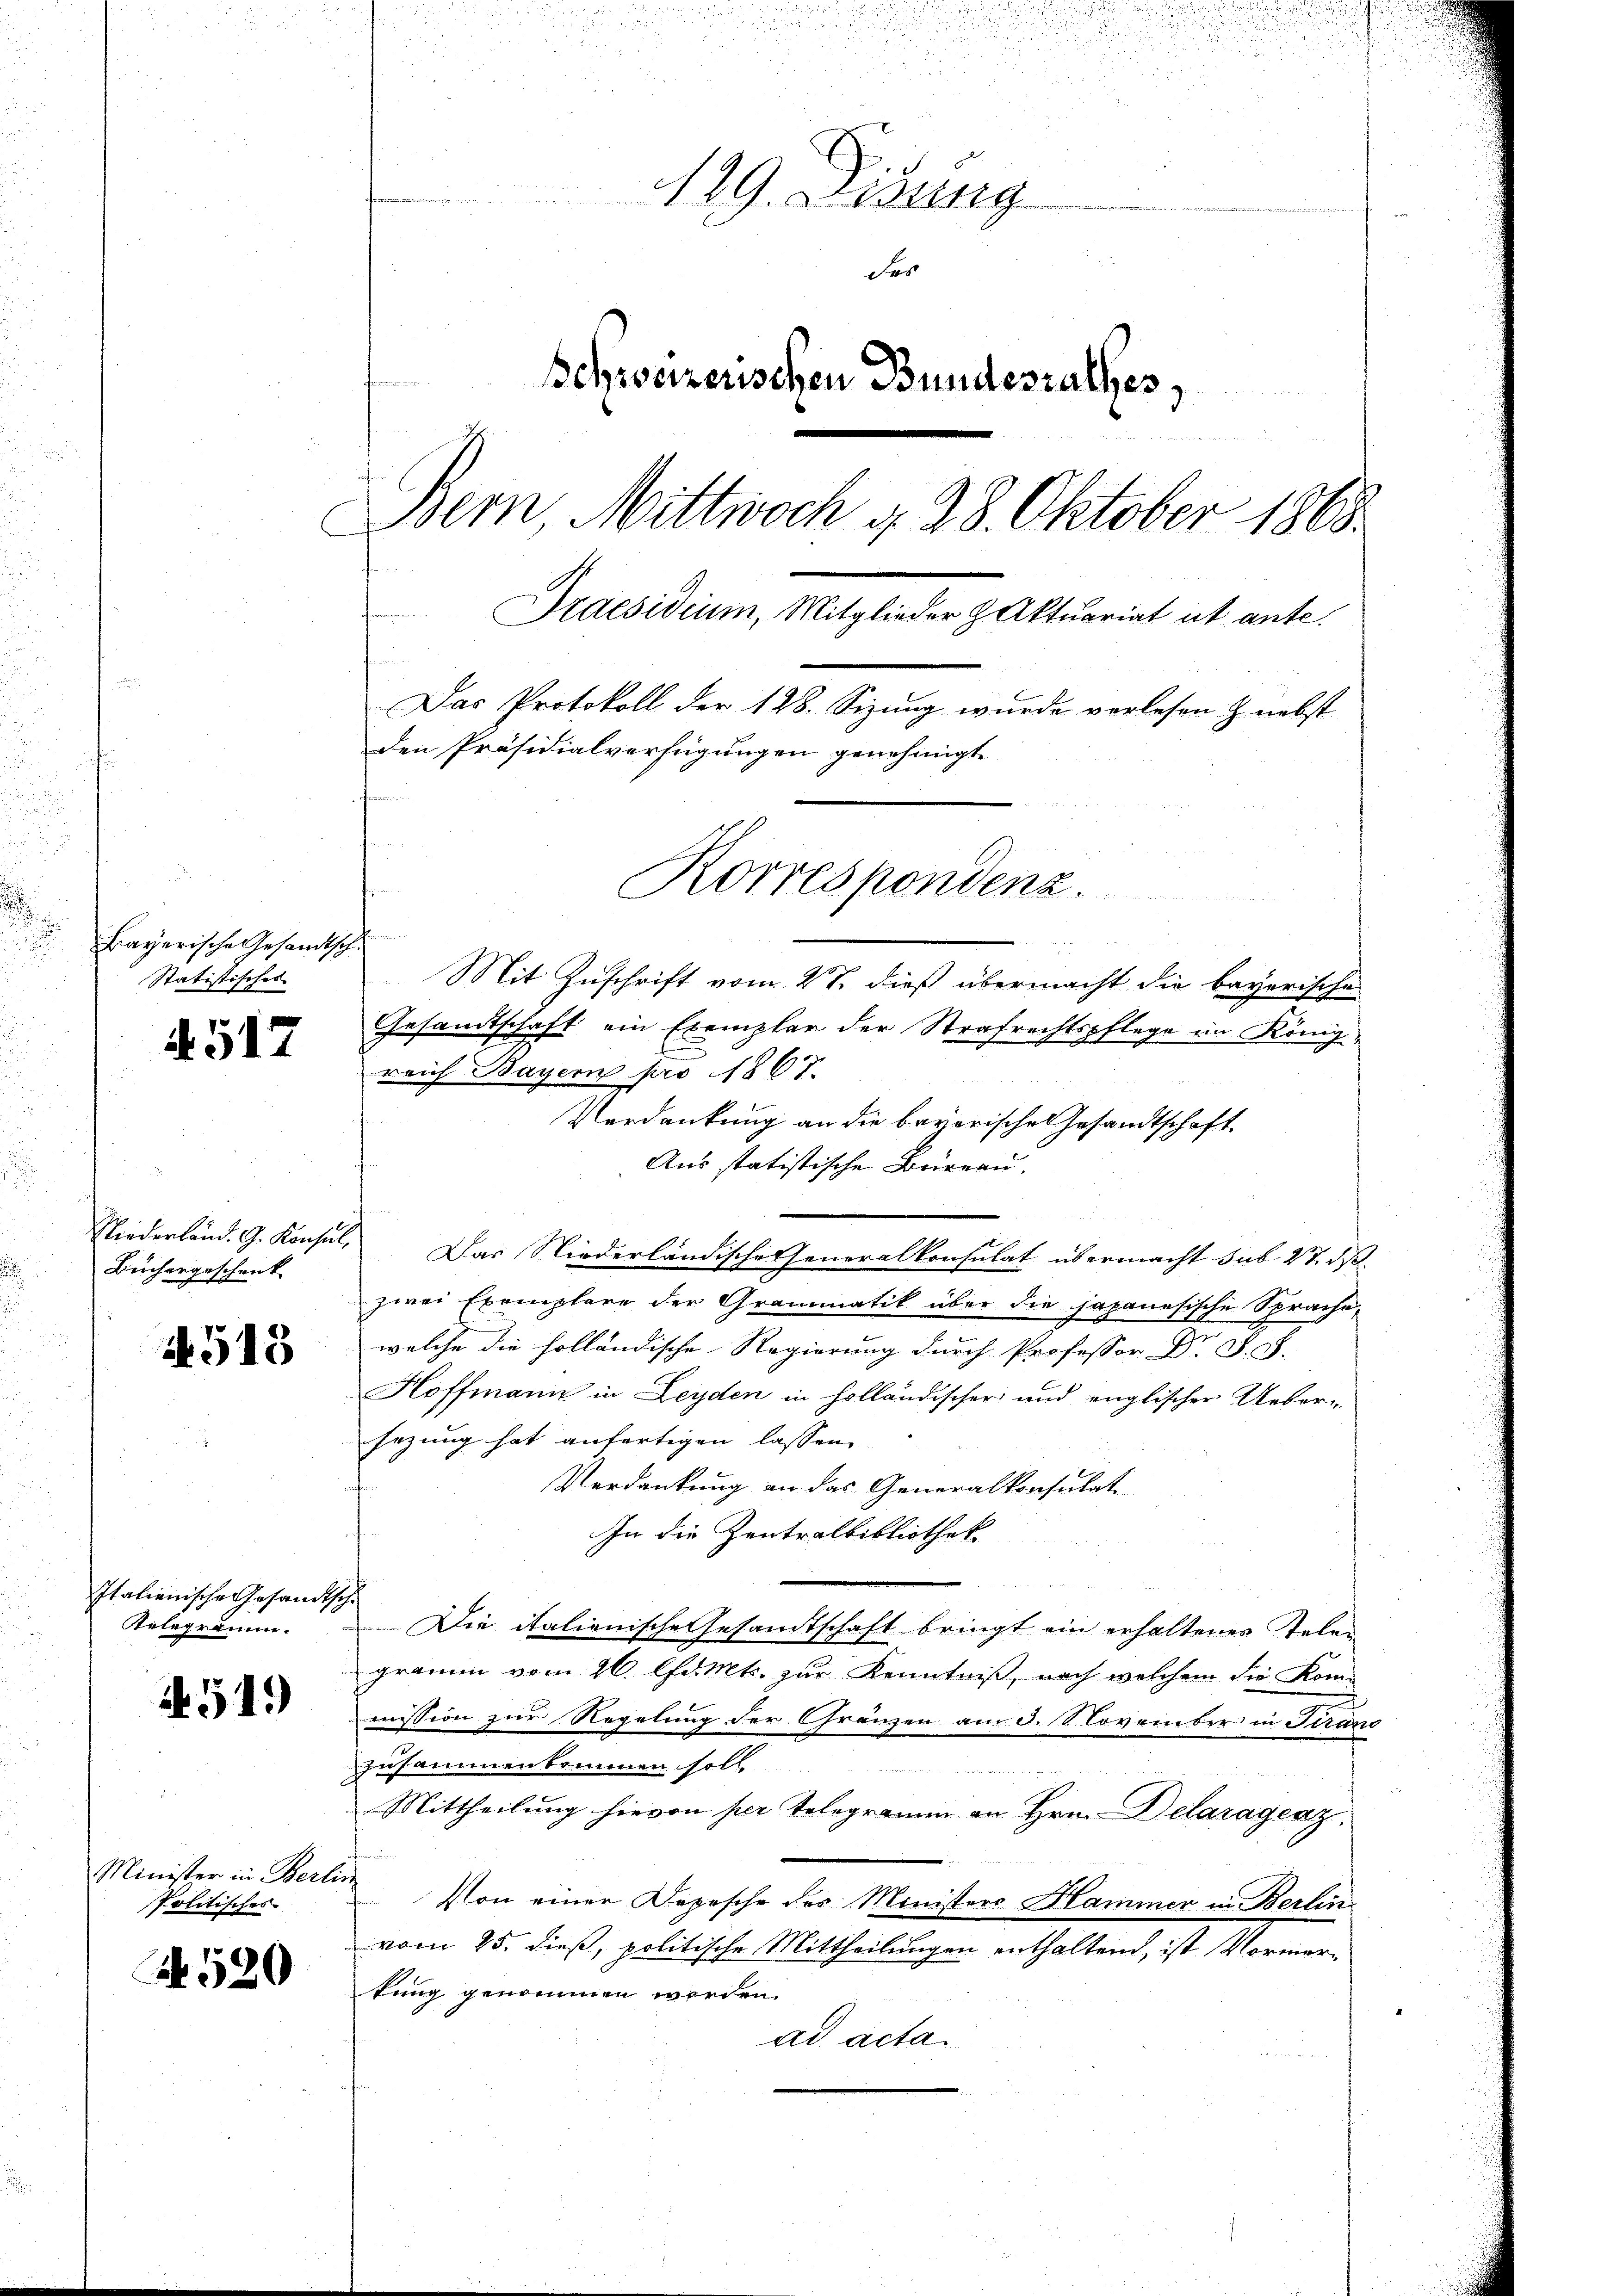
Bayerische Gesandtsch¬
Statistisches

4517

Büchergeschenk |

1518

Italienische Gesandtsche
Relegramm.

519)

Minister in Berlin
Politisches

A.520

129. Disung
der
Schweizerischen Bundesrathes,
e
Bern, Mittwoch §. 28. Oktober 1868.
C
Praesidium, Mitglieder & Aktuariat ut ante.
Das Protokoll der 128. Sizung wurde verlesen & nebst
den Präsidialverfügungen genehmigt.
Korrespondenz.
Mit Zuschrift vom 27. dieß übermacht die bayerische

Gesandtschaft ein Exemplar der Strafrechtspflege im Königl.
reich Bayern pro 1867.
Verdankung an die bayerische Gesandtschaft.
Aus statistische Büreau.
e
Niederländ. G. Konsul, Das Niederländische Generalkonsulat übermacht sub 27. ds.
zwei Exemplare der Grammatik über die japanesische Sprache,
welche die holländische Regierung durch Professor Dr. F. S.
Hoffmann in Leyden in holländischer und englischer Uebersezung hat anfertigen lassen
Verdankung an das Generalkonsulat
In die Zentralbibliothek
Die italienische Gesandtschaft bringt ein erhaltenes Telen-
gramm vom 26. l. Mt. zur Kenntniß, nach welchem die Kom-
mission zur Regelung der Gränzen am 3. November in Strand
zusammenbrunnen soll

Mittheilung hievon per Telegramm an Hrn. Delaragesz
Von einer Depesche des Ministers Hammer in Berlin
vom 25. dieß, politische Mittheilungen enthaltend, ist Vormertung genommen werden.
ad acta